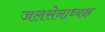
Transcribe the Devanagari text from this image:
जलसेनाध्यक्ष